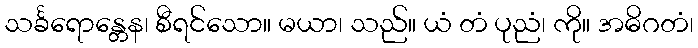
သင်္ခရောန္တေန၊ စီရင်သော။ မယာ၊ သည်။ ယံ တံ ပုညံ၊ ကို။ အဓိဂတံ၊